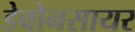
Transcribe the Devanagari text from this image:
डेवोनसायर